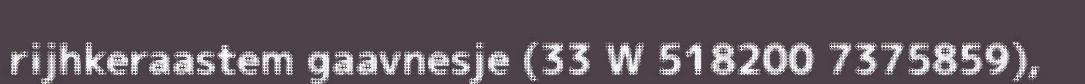
rijhkeraastem gaavnesje (33 W 518200 7375859),